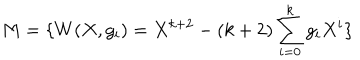
LaTeX: M = \{ W ( X , g _ { i } ) = X ^ { k + 2 } - ( k + 2 ) \sum _ { i = 0 } ^ { k } g _ { i } X ^ { i } \}